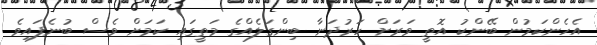
އެހެންކަމުން ބޭންކު އޮތީ ވަރަށް ހަރުދަނާ ބިންގަލެއްގެ މަތީގައި ކަމަށް ވެސް ބުނެފައިވެ